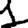
Digit: 1